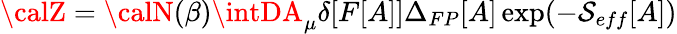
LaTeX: {\calZ}={\calN}(\beta)\intDA_{\mu}\delta[F[A]]\Delta_{FP}[A]\exp(-\mathcal{S}_{eff}[A])